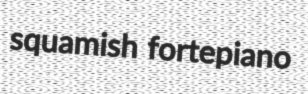
squamish fortepiano